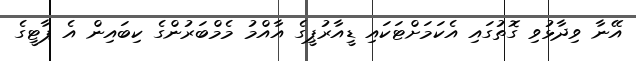
އޭނާ ވިދާޅުވި ގޮތުގައި އެކަމަށްޓަކައި ޑީއާރުޕީގެ އާއްމު މެމްބަރުންގެ ކިބައިން އެ ޕާޓީގެ